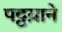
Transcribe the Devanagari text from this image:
पट्टय़ाने